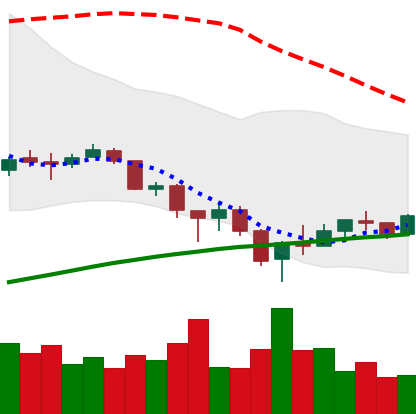
Ticker: BTC-USD
Chart end date: 2018-02-12
Forward return: 24.49%
Label: up_7plus